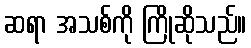
ဆရာ အသစ်ကို ကြိုဆိုသည်။